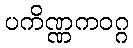
ပကိဏ္ဏကဝဂ္ဂ